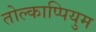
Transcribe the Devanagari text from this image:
तोल्काप्पियुम